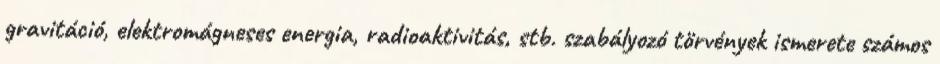
gravitáció, elektromágneses energia, radioaktivitás, stb. szabályozó törvények ismerete számos